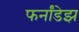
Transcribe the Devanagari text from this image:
फर्नांडेझ